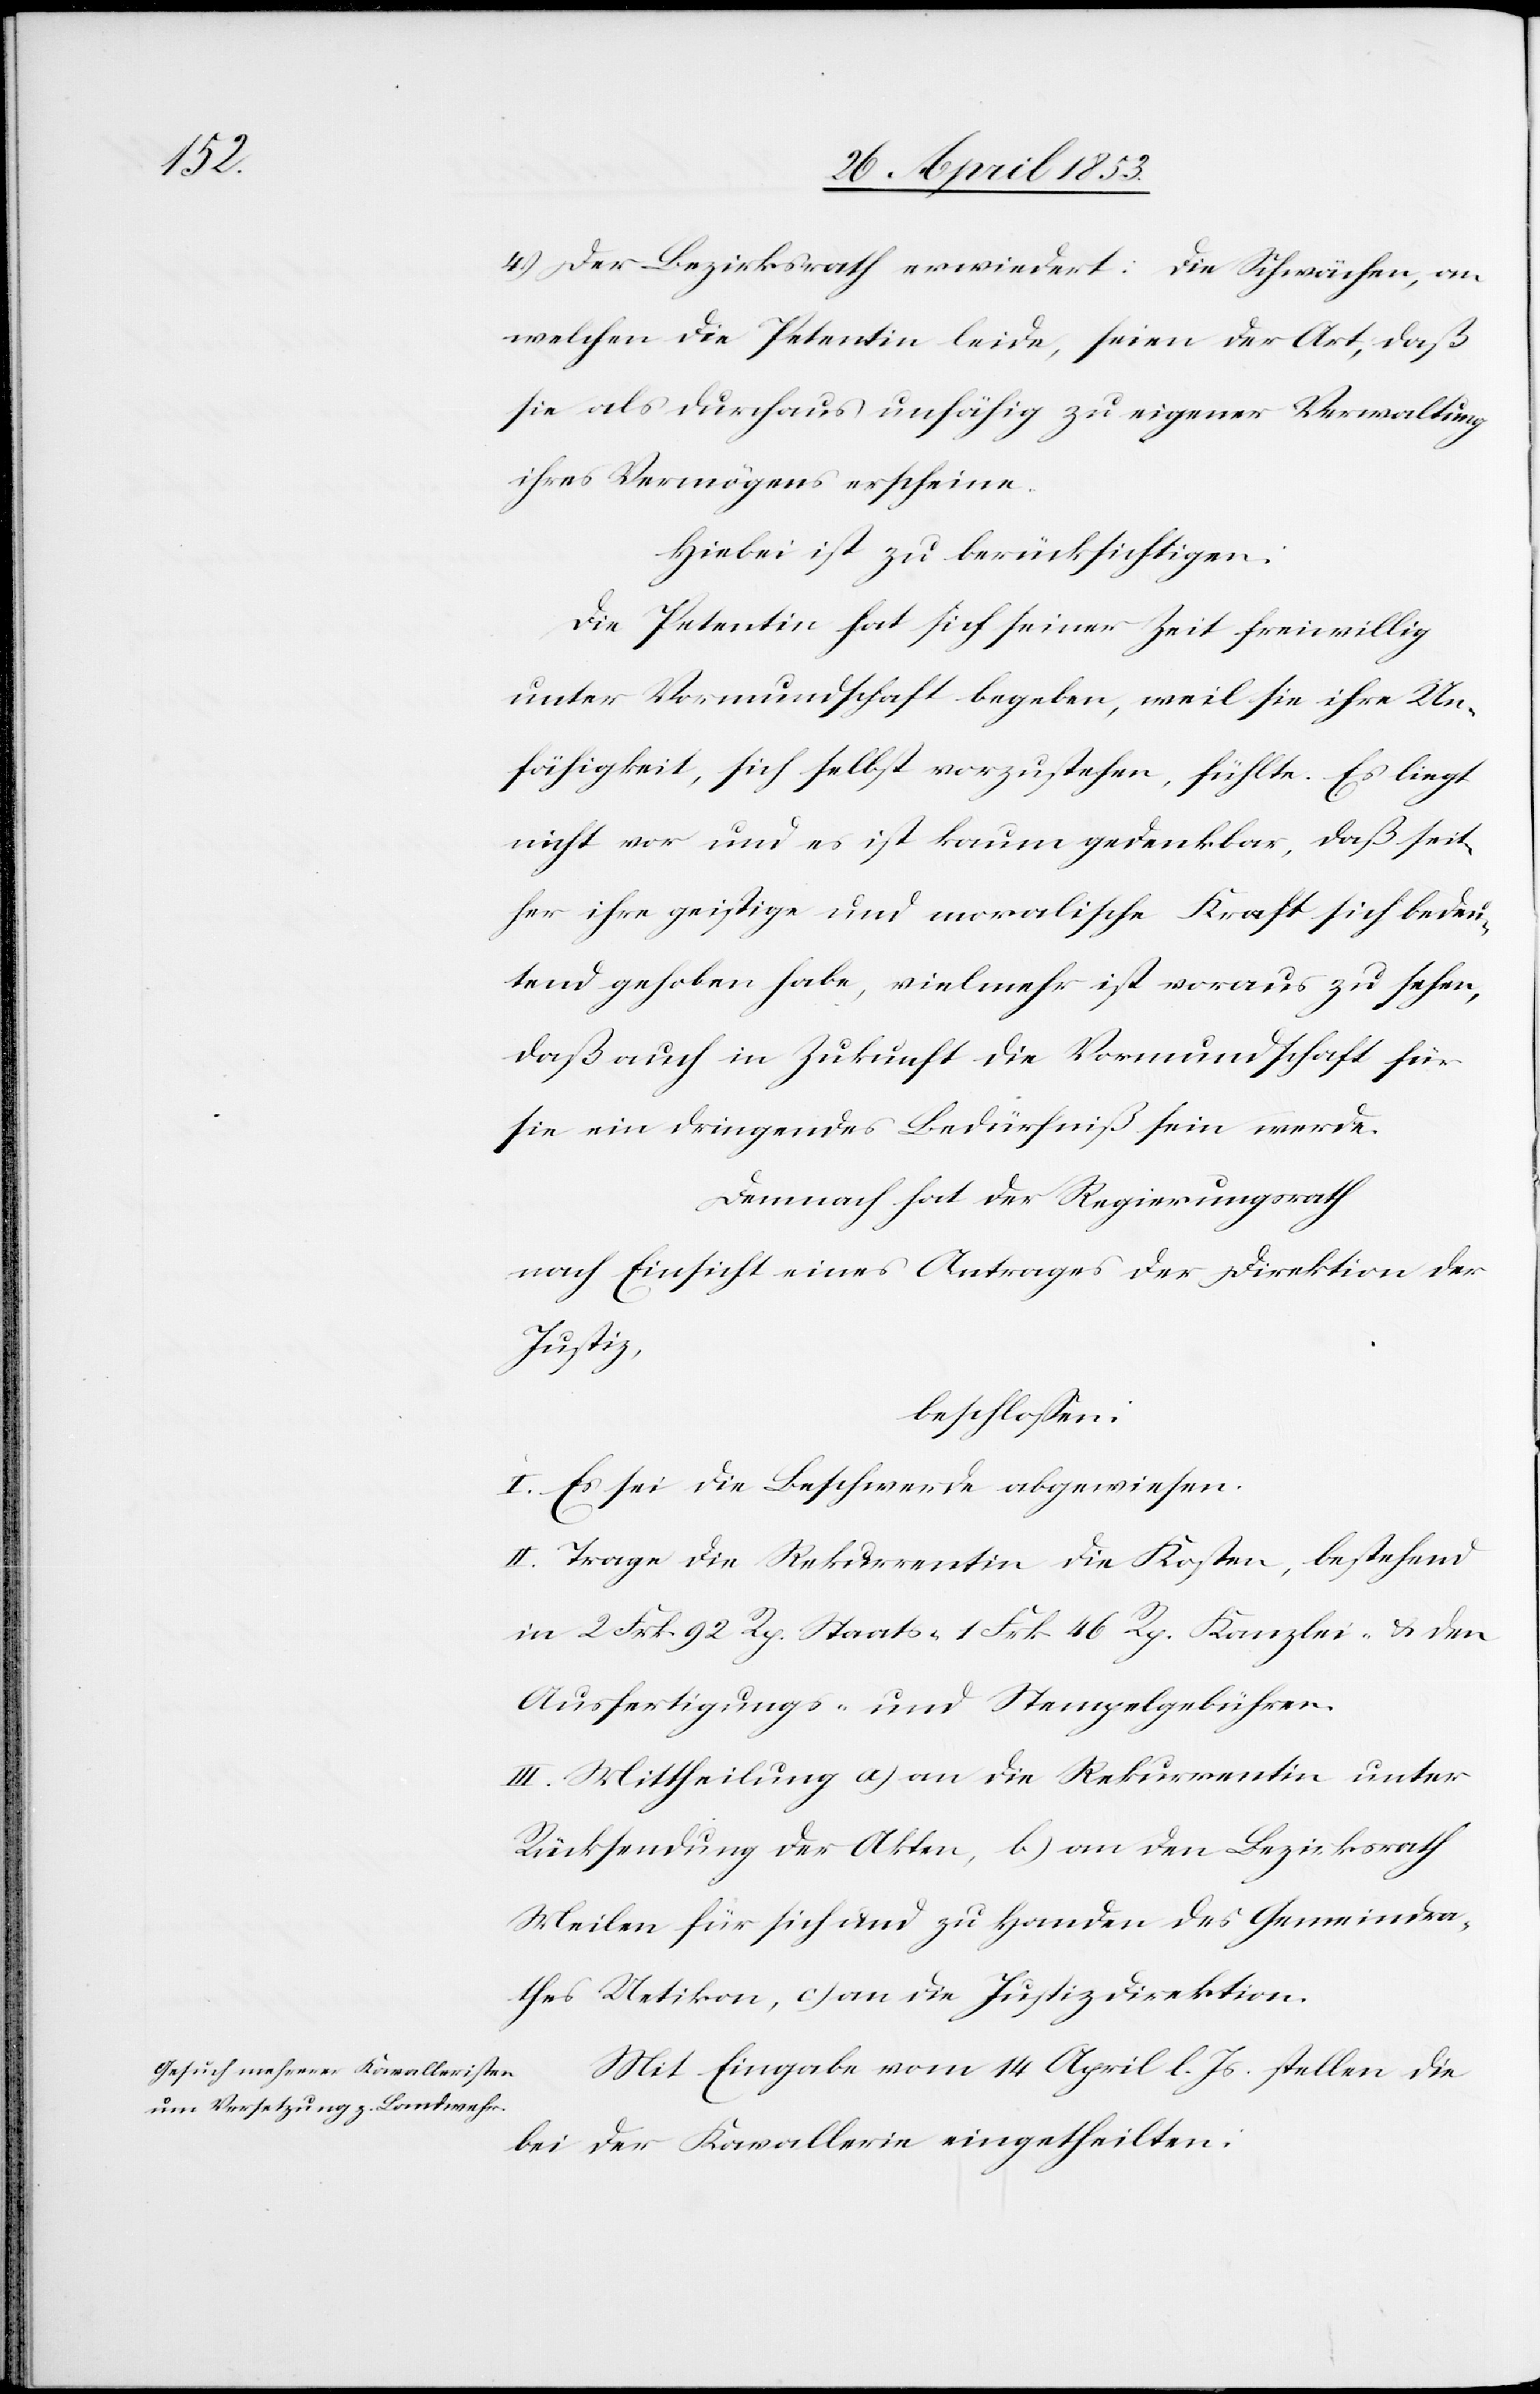
4.) Der Bezirksrath erwiedert: Die Schwächen, an
welchen die Petentin leide, seien der Art, daß
sie als durchaus unfähig zu eigener Verwaltung
ihres Vermögens erscheine.
Hiebei ist zu berücksichtigen:
Die Petentin hat sich seiner Zeit freiwillig
unter Vormundschaft begeben, weil sie ihre Un¬
fähigkeit, sich selbst vorzustehen, fühlte. Es liegt
nicht vor und es ist kaum gedenkbar, daß seit¬
her ihre geistige und moralische Kraft sich bedeu¬
tend gehoben habe, vielmehr ist voraus zu sehen,
daß auch in Zukunft die Vormundschaft für
sie ein dringendes Bedürfniß sein werde.
Demnach hat der Regierungsrath
nach Einsicht eines Antrages der Direktion der
Justiz,
beschloßen:
I. Es sei die Beschwerde abgewiesen.
II. Trage die Rekurrentin die Kosten, bestehend
in 2 Frk. 92 Rp. Staats- 1. Frk. 46 Rp. Kanzlei- u. den
Ausfertigungs- u. Stempelgebühren.
III. Mittheilung a) an die Rekurrentin unter
Rücksendung der Akten, b) an den Bezirksrath
Meilen für sich und zu Handen des Gemeindra¬
thes Uetikon, c) an die Justizdirektion.
Mit Eingabe vom 14 April l. Js. stellen die
bei der Kavallerie eingetheilten: